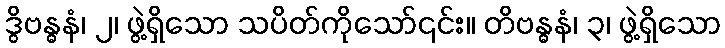
ဒွိဗန္ဓနံ၊ ၂၊ ဖွဲ့ရှိသော သပိတ်ကိုသော်၎င်း။ တိဗန္ဓနံ၊ ၃၊ ဖွဲ့ရှိသော